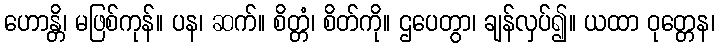
ဟောန္တိ၊ မဖြစ်ကုန်။ ပန၊ ဆက်။ စိတ္တံ၊ စိတ်ကို။ ဌပေတွာ၊ ချန်လှပ်၍။ ယထာ ဝုတ္တေန၊